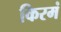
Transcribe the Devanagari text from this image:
किरमं